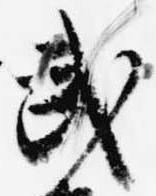
武